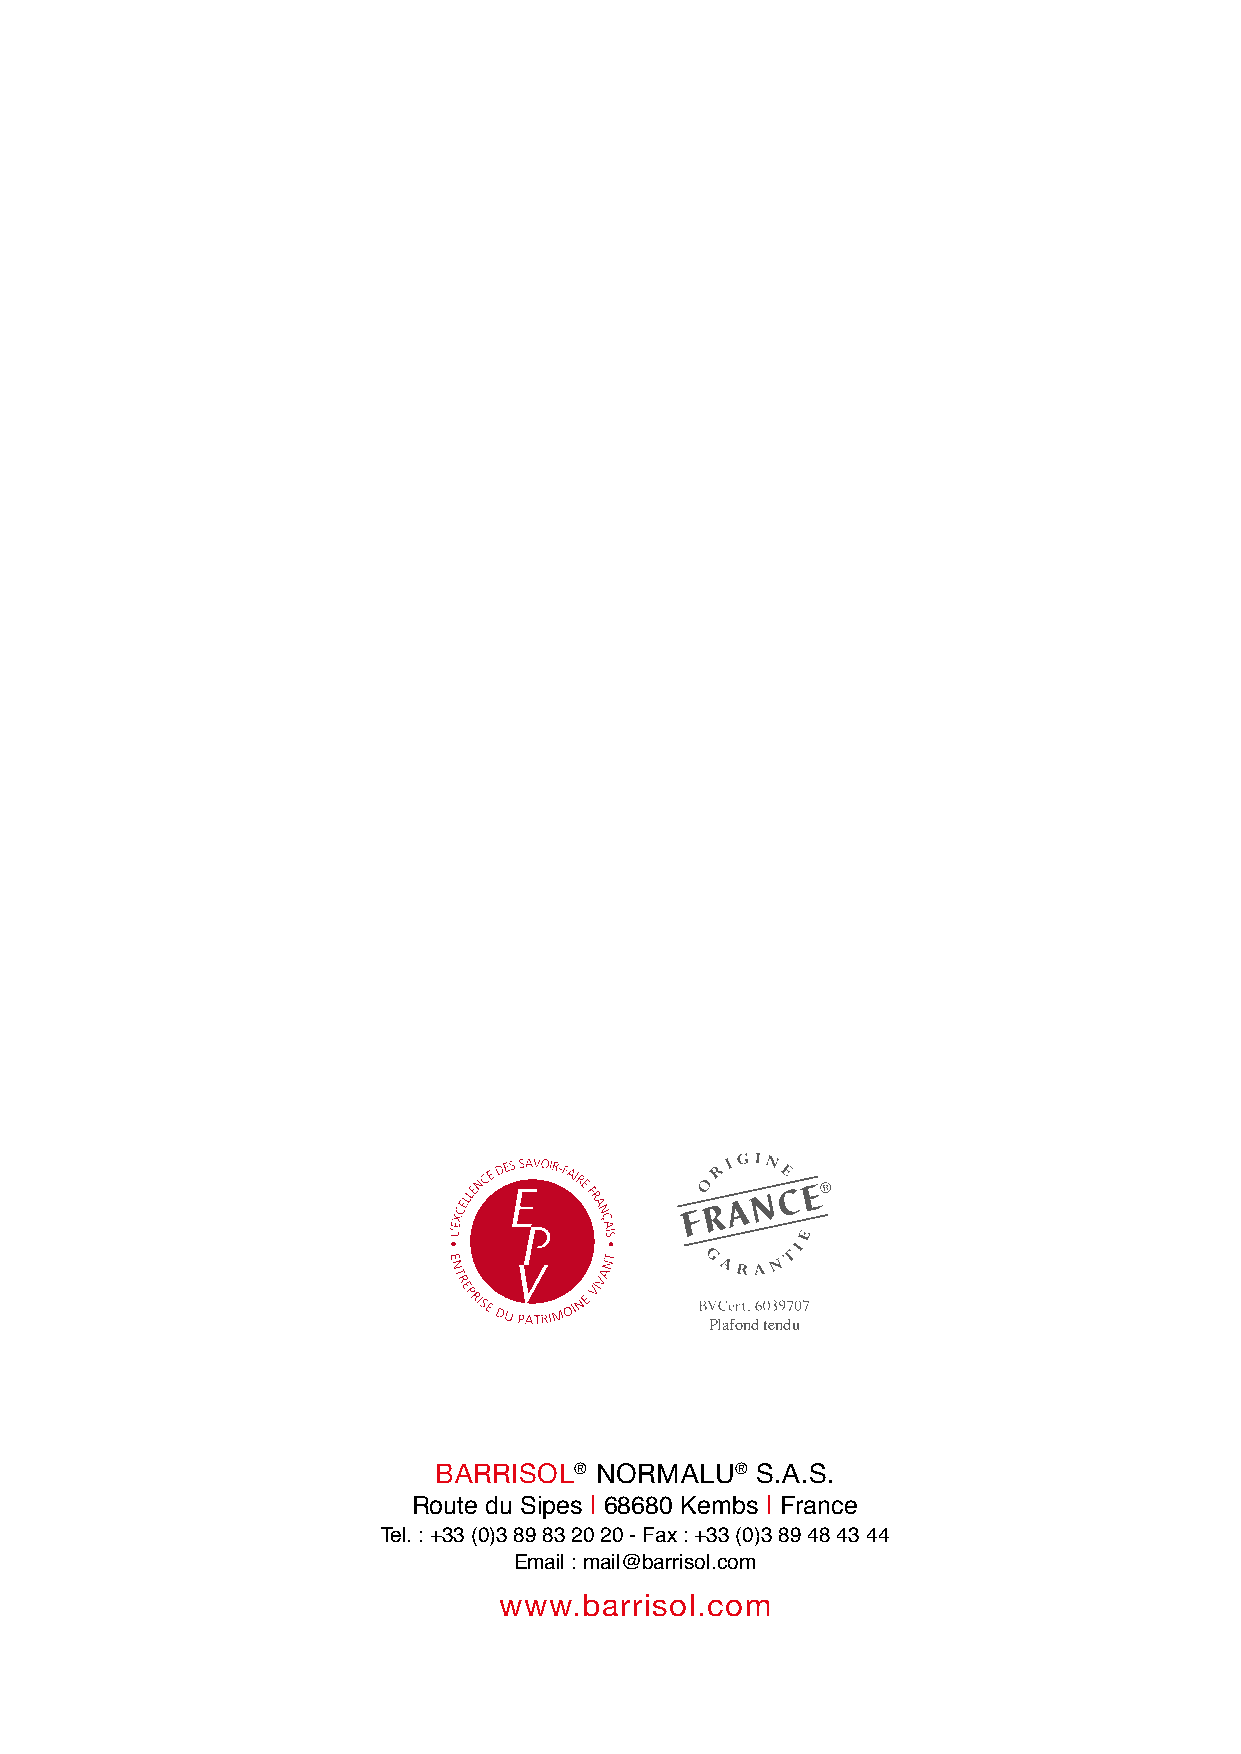
Plafond tendu
 BARRISOL® NORMALU®   S.A.S.
 Route du Sipes | 68680 Kembs | France
 Tel. : +33 (0)3 89 83 20 20 - Fax : +33 (0)3 89 48 43 44
 Email : mail@barrisol.com
 www.barrisol.com